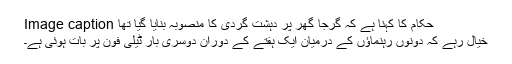
Image caption حکام کا کہنا ہے کہ گرجا گھر پر دہشت گردی کا منصوبہ بنایا گیا تھا
خیال رہے کہ دونوں رہنماؤں کے درمیان ایک ہفتے کے دوران دوسری بار ٹیلی فون پر بات ہوئی ہے۔